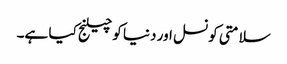
سلامتی کونسل اور دنیا کو چیلنج کیا ہے۔